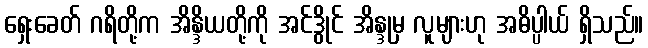
ရှေးခေတ် ဂရိတို့က အိန္ဒိယတို့ကို အင်ဒွိုင် အိန္ဒုမှ လူများဟု အဓိပ္ပါယ် ရှိသည်။